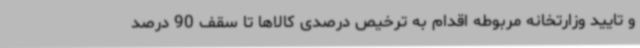
و تایید وزارتخانه مربوطه اقدام به ترخیص درصدی کالاها تا سقف 90 درصد